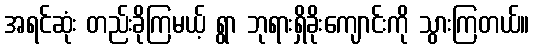
အရင်ဆုံး တည်းခိုကြမယ့် ရွာ ဘုရားရှိခိုးကျောင်းကို သွားကြတယ်။